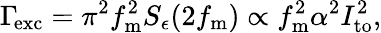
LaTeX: \Gamma\! _{\mathrm{exc}}=\pi^{2}f_{\mathrm{m}}^{2}S_{\epsilon}(2f_{\mathrm{m}})\propto f_{\mathrm{m}}^{2}\alpha^{2}I_{\mathrm{to}}^{2},